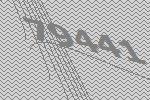
79441